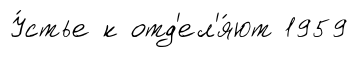
У́стье к отд'ел'я́ют 1959